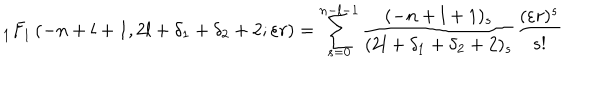
{ _ 1 F } _ { 1 } \left( - n + l + 1 , 2 l + \delta _ { 1 } + \delta _ { 2 } + 2 ; \varepsilon r \right) = \sum _ { s = 0 } ^ { n - l - 1 } \frac { ( - n + l + 1 ) _ { s } } { ( 2 l + \delta _ { 1 } + \delta _ { 2 } + 2 ) _ { s } } \frac { ( \varepsilon r ) ^ { s } } { s ! }